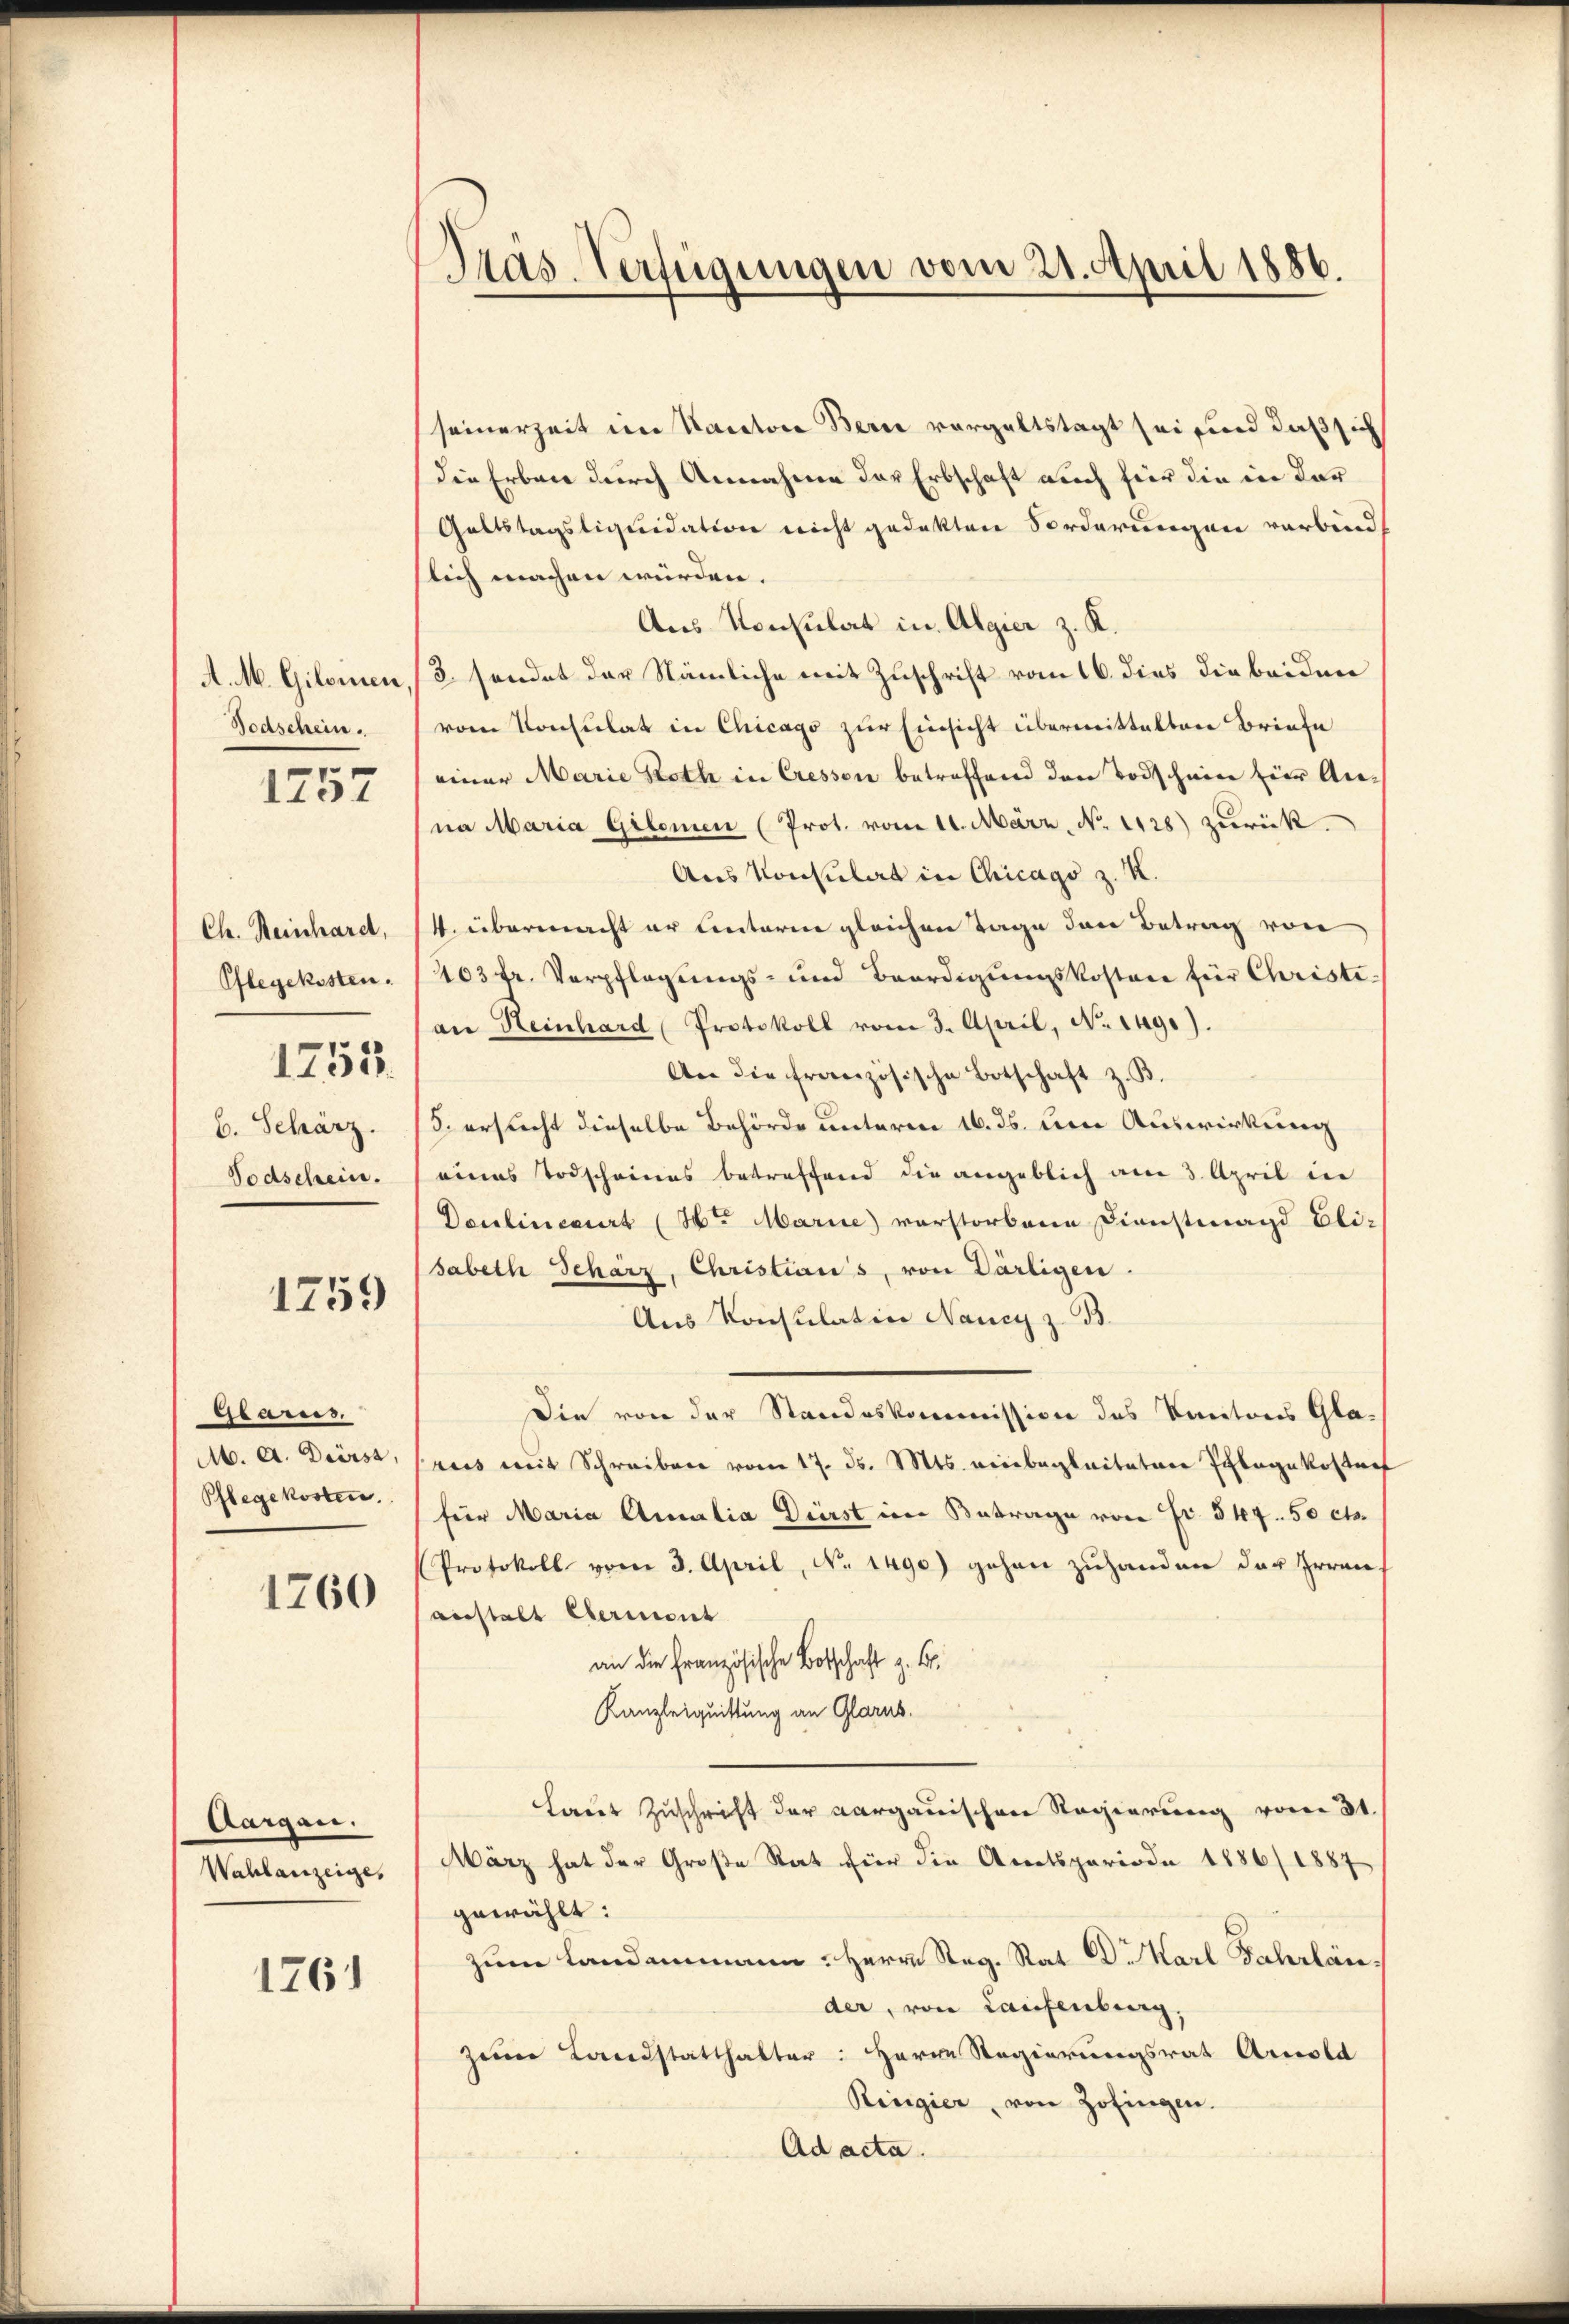
A. M. Giloien
Bodschein.

1257

Ch. Reinhard,
Pflegekosten.
b. Schärz.
Todschein.

1755

1259

esarees.
M. A. Durst,
Pflegekosten.

1760

Aargau.
Wahlanzeige,

1761

Pras-Verfügungen vom 21. April 1886.

seinerzeit im Kantore Berne vorgeltstagt sei sind daß sich
die Erbene durch Annahme der Erbschaft auch für die in der
Galtstagsliquidation nicht gedekten Forderungen verbind
slich machen würden.
Aus Konsulat in Algier z. K.
3. sendet der Nämliche mit Zuschrift vom 16. dies die beiden
vom Konsulat in Chicago zur Einsicht übermittalten Briefe
einer Marie Roth in Cressen betreffend den Todschein für Anna Maria Gilomen (Prot. vom 11. März, No 1128) zurück.
Aus Konsulat in Chicago z. K.
4. übermacht er Unterm gleichen Tage den Betrag von
403 fr. Verpflegungs- und Beerdigungskosten für Christian Heinhard Protokoll vom 3. April, No. 149.).
An die französische Botschaft z. B.
/5. ersucht dieselbe Behörde unterm 16. ds. um Auswirkung
eines Todscheines betreffend die angeblich am 3. April in
Doulineart (St. Marie verstorbene Dienstmagd Eli-
sabeth Schärz, Christians, von Därligen.
Aus Konsulation Nancy z. B.
Die von der Standeskommission des Kantons Glarus mit Schreiben vom 17. ds. Mts. einbegleiteten Schlagekostraf
für Maria Amalia Dürst im Betrage von Fr. 547. 50 cts.
Protokoll vom 3. April, No. 1490) gehen zuhanden der Heraus
anstalt ermont
an die Französische Botschaft z. B.
Kanzleiquittung an Glarus.
Laut Zuschrift der aargauischen Regierung vom 31.
März hat der Große Rat für die Amtsperiode 1886/1887
gewählt:
zum Landammann: Herrn Reg. Rat Dr Karl Fahrländer, von Laufenburg,
zeie Landstatthalter: Herrn Regierungsrat Arnold
Ringier, von Zofingen.
Ad acta.